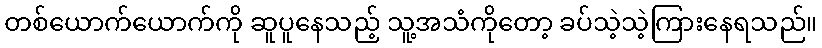
တစ်ယောက်ယောက်ကို ဆူပူနေသည့် သူ့အသံကိုတော့ ခပ်သဲ့သဲ့ကြားနေရသည်။